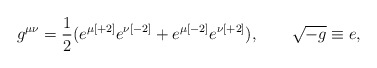
\begin{align*}g^{\mu \nu }= {{ 1}\over { 2}} (e^{\mu { [+2]}} e^{\nu { [-2]}}+ e^{\mu { [-2]}} e^{\nu { [+2]}}) ,\qquad\sqrt{-g} \equiv e ,\end{align*}